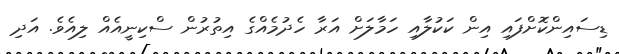
ޑިސައިންކޮށްފައި އިން ކަކުލާއި ހަމާލަށް އަރާ ހެދުމެއްގެ އިތުރުން ސްކިނީއެއް ލިއެވެ. އަދި